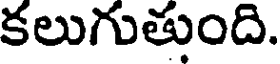
కలుగుతుంది.